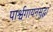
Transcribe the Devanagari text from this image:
पार्श्वगायनसुद्धा